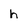
Character: h